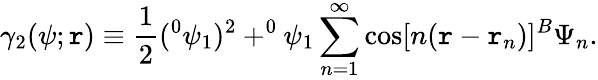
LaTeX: \gamma_{2}(\psi;\mathtt{r})\equiv\frac{1}{2}(^{0}\psi_{1})^{2}+^{0}\psi_{1}\sum_{n=1}^{\infty}\cos[n(\mathtt{r}-\mathtt{r}_{n})]^{B}\Psi_{n}.